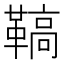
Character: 𩌡